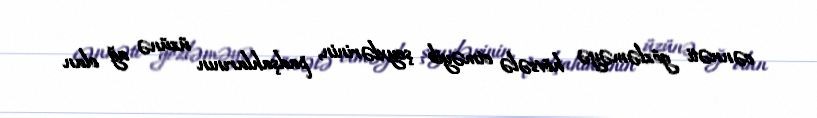
cənnəti gözləməyə hövsələ etməyib şeyxlərinin, padşahlarının üzünə ağ olan